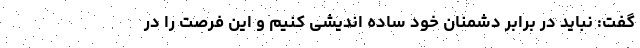
گفت: نباید در برابر دشمنان خود ساده اندیشی کنیم و این فرصت را در